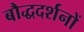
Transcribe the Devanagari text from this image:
बौद्धदर्शनों